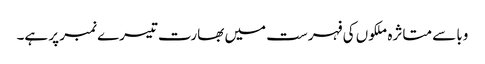
وبا سے متاثرہ ملکوں کی فہرست میں بھارت تیسرے نمبر پر ہے۔